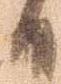
日